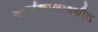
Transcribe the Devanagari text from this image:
कार्यकालावधीत